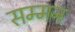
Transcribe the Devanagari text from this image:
सम्‍मन